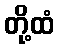
တို့ထံ